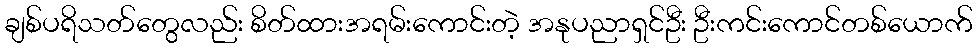
ချစ်ပရိသတ်တွေလည်း စိတ်ထားအရမ်းကောင်းတဲ့ အနုပညာရှင်ဦး ဦးကင်းကောင်တစ်ယောက်